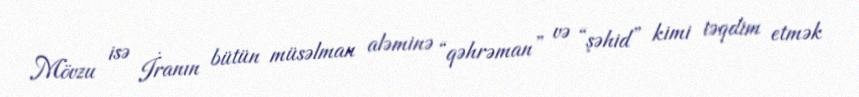
Mövzu isə İranın bütün müsəlman aləminə “qəhrəman” və “şəhid” kimi təqdim etmək